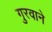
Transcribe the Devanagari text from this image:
गुरवाने